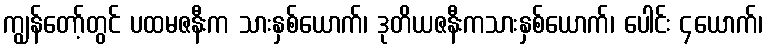
ကျွန်တော့်တွင် ပထမဇနီးက သားနှစ်ယောက်၊ ဒုတိယဇနီးကသားနှစ်ယောက်၊ ပေါင်း ၄ယောက်၊